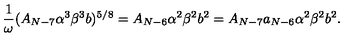
\frac { 1 } { \omega } ( A _ { N - 7 } \alpha ^ { 3 } \beta ^ { 3 } b ) ^ { 5 / 8 } = A _ { N - 6 } \alpha ^ { 2 } \beta ^ { 2 } b ^ { 2 } = A _ { N - 7 } a _ { N - 6 } \alpha ^ { 2 } \beta ^ { 2 } b ^ { 2 } .